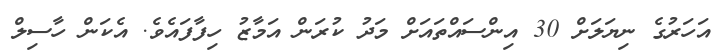
އަހަރުގެ ނިޔަލަށް 30 އިންސައްތައަށް މަދު ކުރަން އަމާޒު ހިފާފައެވެ. އެކަން ހާސިލް